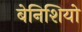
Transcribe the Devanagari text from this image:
बेनिशियो